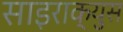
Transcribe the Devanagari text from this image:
साइराक्युस